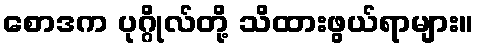
စောဒက ပုဂ္ဂိုလ်တို့ သိထားဖွယ်ရာများ။